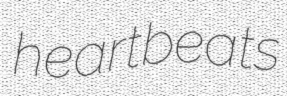
heartbeats